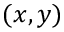
( x , y )